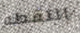
التقطه